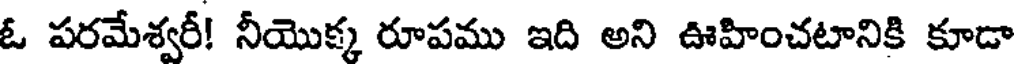
ఓ పరమేశ్వరీ! నీయొక్క రూపము ఇది అని ఊహించటానికి కూడా